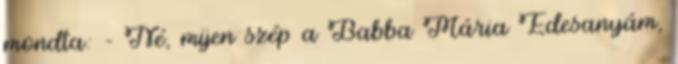
mondta: - Né, mijen szép a Babba Mária Édesanyám,